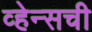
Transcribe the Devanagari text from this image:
व्हेन्सची